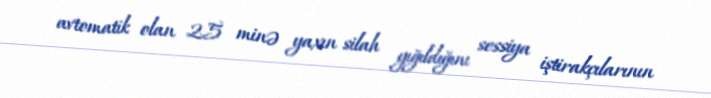
avtomatik olan 25 minə yaxın silah yığıldığını sessiya iştirakçılarının